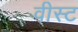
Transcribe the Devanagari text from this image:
वीस्ट